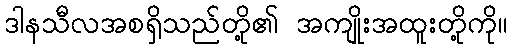
ဒါနသီလအစရှိသည်တို့၏ အကျိုးအထူးတို့ကို။